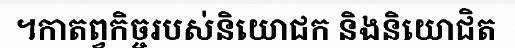
។កាតព្វកិច្ចរបស់និយោជក និងនិយោជិត